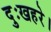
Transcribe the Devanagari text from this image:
दुःखहरे।